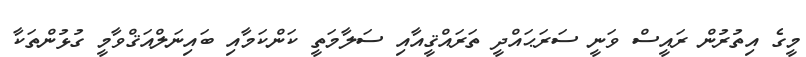
މީގެ އިތުރުން ރައީސް ވަނީ ސަރަޙައްދީ ތަރައްޤީއާއި ސަލާމަތީ ކަންކަމާއި ބައިނަލްއަޤްވާމީ ގުޅުންތަކާ